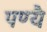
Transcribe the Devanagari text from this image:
पण्यै